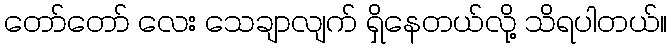
တော်တော် လေး သေချာလျက် ရှိနေတယ်လို့ သိရပါတယ်။